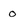
Character: 0